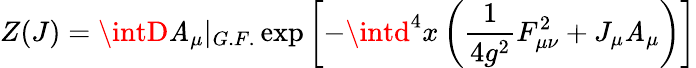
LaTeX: Z(J)=\intD\mathit{A}_{\mu}|_{G.F.}\exp\left[-\intd^{4}x\left(\frac{{1}}{{4g^{2}}}F_{\mu\nu}^{2}+J_{\mu}\mathit{A}_{\mu}\right)\right]